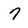
Character: 7